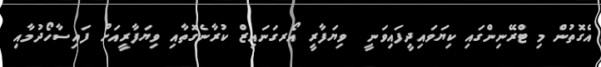
އެގޮތުން މި ޓްރޭނިންގައި ކިޔަވައިދީފައިވަނީ  ވިޔަފާރީ އޯރގަނައިޒް ކުރާނެގޮތާއި ވިޔަފާރީއަށް ފައިސާހޯދުމާއި